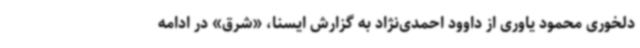
دلخوری محمود یاوری از داوود احمدی‌نژاد به گزارش ایسنا، «شرق» در ادامه